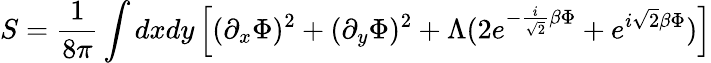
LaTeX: S={\frac{1}{8\pi}}\int dxdy\left[(\partial_{x}\Phi)^{2}+(\partial_{y}\Phi)^{2}+\Lambda(2e^{-{\frac{i}{\sqrt{2}}}\beta\Phi}+e^{i\sqrt{2}\beta\Phi})\right]